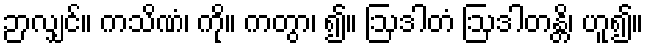
ဉာလျှင်။ ကသိဏံ၊ ကို။ ကတွာ၊ ၍။ ဩဒါတံ ဩဒါတန္တိ၊ ဟူ၍။